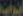
أبواب